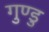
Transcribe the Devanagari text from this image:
गुण्डु